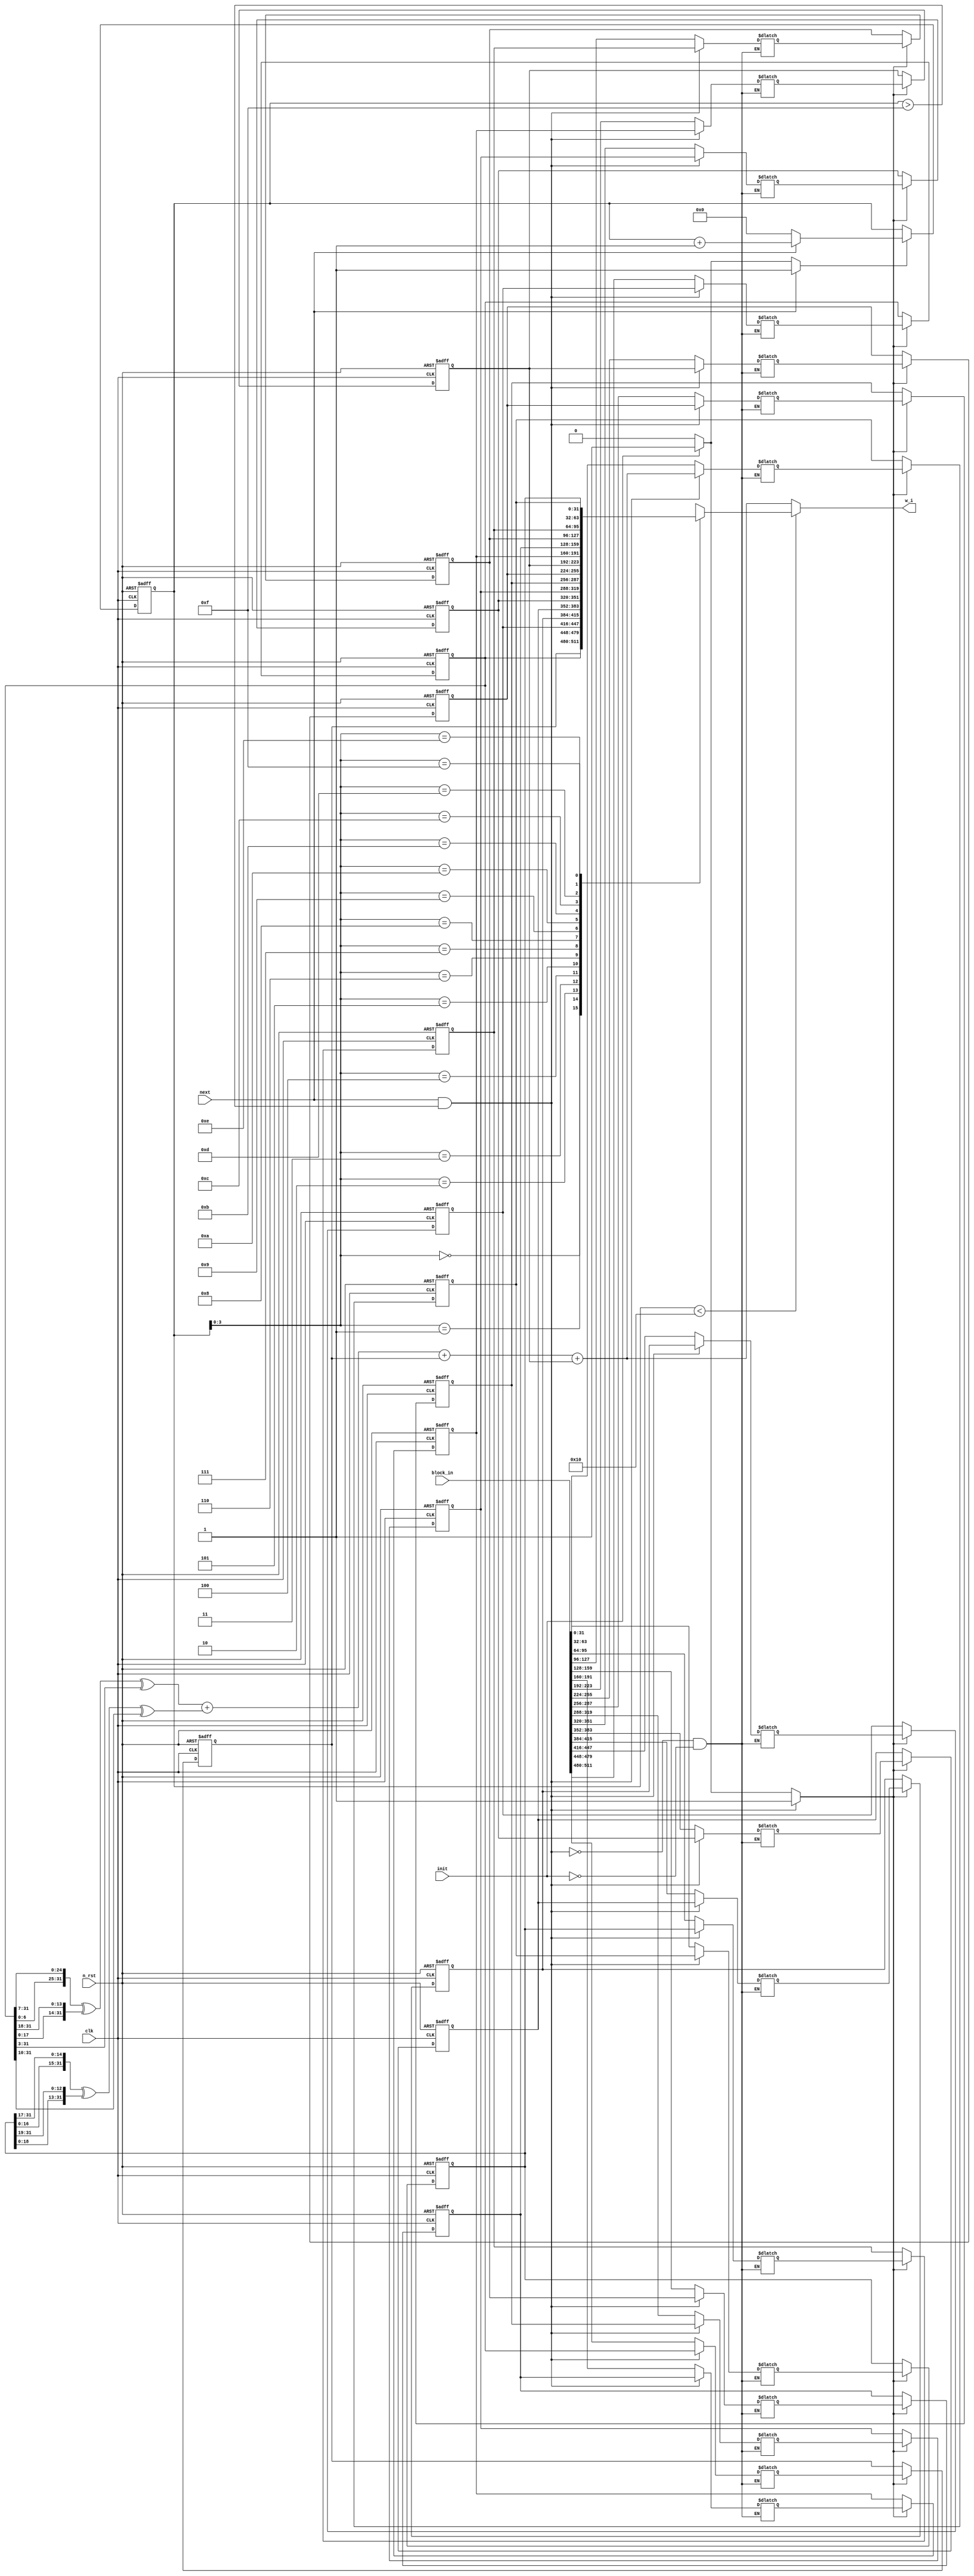
module sha_w_compute(

	input clk,
	input n_rst,
	input init,
	input next,
	
	input [511:0] block_in,
	output [31:0] w_i

);

/* Internal State Definitions ---------------------------------------------------------------------------------------- */

localparam IDLE = 0;
localparam UPDATE = 1;

/* Update Variables and write enable --------------------------------------------------------------------------------- */

reg [31:0] W_mem [15:0];
reg [31:0] W_mem_new [15:0];

reg W_mem_we;

/* Counter Registers and Write Enable -------------------------------------------------------------------------------- */

reg [5:0] W_ctr_reg, W_ctr_new;
reg W_ctr_we;

/* Output Wires ------------------------------------------------------------------------------------------------------ */

reg [31:0] W_temp, W_new;

/* Output Assignment ------------------------------------------------------------------------------------------------- */

assign w_i = W_temp;


/* Update Block ------------------------------------------------------------------------------------------------------ */

always@(posedge clk or negedge n_rst)
begin : update_block
	
	integer i;

	if(!n_rst)
	begin
		
		for(i=0; i<16; i=i+1) W_mem[i] <= 32'h0;
		W_ctr_reg <= 6'h0;

	end

	else
	begin
		if(W_mem_we)
		begin
			for (i = 0; i<16 ; i=i+1) 
			begin
				W_mem[i] <= W_mem_new[i];	
			end
		end

		if (W_ctr_we) 
		begin
			W_ctr_reg <= W_ctr_new;	
		end
	end
end

/* Extracting  W values ---------------------------------------------------------------------------------------------- */

always @(*) 
begin
	if (W_ctr_reg < 16) 
	begin
		W_temp <= W_mem[W_ctr_reg[3:0]];	
	end else begin
		W_temp <= W_new;
	end	
end

/* Calculation of W_new ---------------------------------------------------------------------------------------------- */

always @(*) 
begin : W_calc

	reg [31:0] w_0, w_1, w_9, w_14, s0, s1;

	integer i;
	W_mem_we = 0;

	for (i = 0; i<16; i=i+1) 
	begin
		W_mem_new[i] <= 32'h0;
	end	

	w_0 = W_mem[0];
	w_1 = W_mem[1];
	w_9 = W_mem[9];
	w_14 = W_mem[14];

	s0 = {w_1[6:0], w_1[31:7]} ^ {w_1[17:0], w_1[31:18]} ^ {3'b000, w_1[31:3]};
	s1 = {w_14[16:0], w_14[31:17]} ^ {w_14[18:0], w_14[31:19]} ^ {10'b0000000000, w_1[31:10]};

	W_new = s0 + s1 + w_0 + w_9;

	if (init) 
	begin
		
		W_mem_new[0] = block_in[511:480];
		W_mem_new[1] = block_in[479:448];
		W_mem_new[2] = block_in[447:416];
		W_mem_new[3] = block_in[415:384];

		W_mem_new[4] = block_in[383:352];
		W_mem_new[5] = block_in[351:320];
		W_mem_new[6] = block_in[319:288];
		W_mem_new[7] = block_in[287:256];

		W_mem_new[8] = block_in[255:224];
		W_mem_new[9] = block_in[223:192];
		W_mem_new[10] = block_in[191:160];
		W_mem_new[11] = block_in[159:128];

		W_mem_new[12] = block_in[127:96];
		W_mem_new[13] = block_in[95:64];
		W_mem_new[14] = block_in[63:32];
		W_mem_new[15] = block_in[31:0];

		W_mem_we = 1;

	end 
	
	if (next && (W_ctr_reg > 15)) 
	begin
		for (i = 0; i<15; i=i+1) 
		begin
			W_mem_new[i] = W_mem[i+1];
		end
		W_mem_new[15] = W_new;
		W_mem_we = 1;
	end

end

/* W Control Block Counter ---------------------------------------------------------------------------------------------- */

always @(*) 
begin
	W_ctr_new = 6'h0;
	W_ctr_we = 1'h0;

	if (init)
    begin
        W_ctr_new = 6'h0;
        W_ctr_we  = 1'h1;
    end

	if (next)
    begin
        W_ctr_new = W_ctr_reg + 6'h01;
        W_ctr_we  = 1'h1;
    end
end

endmodule